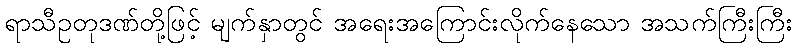
ရာသီဥတုဒဏ်တို့ဖြင့် မျက်နှာတွင် အရေးအကြောင်းလိုက်နေသော အသက်ကြီးကြီး